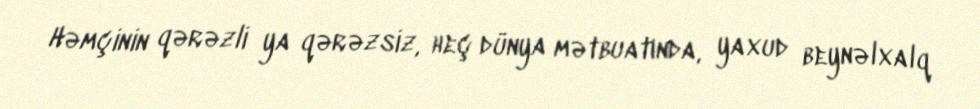
Həmçinin qərəzli ya qərəzsiz, heç dünya mətbuatında, yaxud beynəlxalq